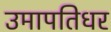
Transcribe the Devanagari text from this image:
उमापतिधर